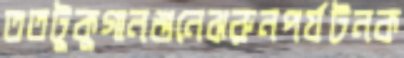
ততটুকুগানশুনেঝরুনপর্যটনক